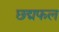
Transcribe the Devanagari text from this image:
छद्मफल